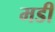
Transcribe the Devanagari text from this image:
मडी